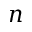
n